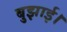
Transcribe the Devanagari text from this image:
बुझाई।